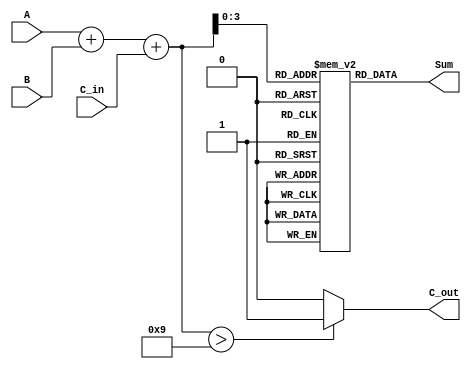
module BCD_LUT_Adder (
    input  wire [3:0] A,      // First BCD digit (0-9)
    input  wire [3:0] B,      // Second BCD digit (0-9)
    input  wire C_in,         // Carry input
    output reg  [3:0] Sum,    // BCD sum output
    output reg  C_out         // Carry output
);

    // Intermediate sum (5 bits to handle carry)
    wire [4:0] S;
    assign S = A + B + C_in;

    // Look-Up Table (LUT) for BCD correction
    reg [3:0] LUT [0:18]; // LUT for sums from 0 to 18

    // Initialize the LUT for BCD correction
    initial begin
        // These values correspond to the valid BCD outputs
        LUT[0]  = 4'd0;   // Sum = 0
        LUT[1]  = 4'd1;   // Sum = 1
        LUT[2]  = 4'd2;   // Sum = 2
        LUT[3]  = 4'd3;   // Sum = 3
        LUT[4]  = 4'd4;   // Sum = 4
        LUT[5]  = 4'd5;   // Sum = 5
        LUT[6]  = 4'd6;   // Sum = 6
        LUT[7]  = 4'd7;   // Sum = 7
        LUT[8]  = 4'd8;   // Sum = 8
        LUT[9]  = 4'd9;   // Sum = 9
        // For sums 10-18 (which require correction)
        LUT[10] = 4'd0;   // 10 => 0 with carry out
        LUT[11] = 4'd1;   // 11 => 1 with carry out
        LUT[12] = 4'd2;   // 12 => 2 with carry out
        LUT[13] = 4'd3;   // 13 => 3 with carry out
        LUT[14] = 4'd4;   // 14 => 4 with carry out
        LUT[15] = 4'd5;   // 15 => 5 with carry out
        LUT[16] = 4'd6;   // 16 => 6 with carry out
        LUT[17] = 4'd7;   // 17 => 7 with carry out
        LUT[18] = 4'd8;   // 18 => 8 with carry out
    end

    // Calculate the output
    always @(*) begin
        if (S > 9) begin
            Sum = LUT[S[3:0]]; // Get BCD sum from LUT
            C_out = 1'b1;      // Set carry-out if sum > 9
        end else begin
            Sum = LUT[S[3:0]]; // Get BCD sum from LUT
            C_out = 1'b0;      // No carry-out
        end
    end

endmodule